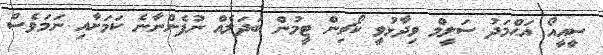
ސީއީއޯ އަޙްމަދު ސަލީމް ވިދާޅުވީ ކޯޗިން ޓީމުން ބަދަލެއް ނުފެންނާނެ ކަމަށާއި ނަމަވެސް